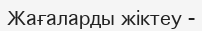
Жағаларды жіктеу -